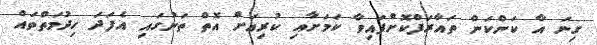
ގިނަ އާ ކަންކަން ތައާރަފްކޮށްފައިވާ ކަމަށާއި ކުރިއަށް އޮތް ތަނުގައި އެފަދަ ހިދުމަތްތައް